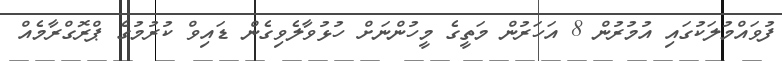
ފުވައްމުލަކުގައި އުމުރުން 8 އަހަރުން މަތީގެ މީހުންނަށް ހުޅުވާލެވިގެން ޑައިވް ކުރުމުގެ ޕްރޮގްރާމެއް